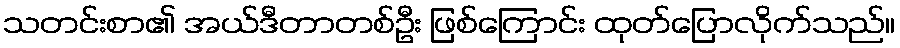
သတင်းစာ၏ အယ်ဒီတာတစ်ဦး ဖြစ်ကြောင်း ထုတ်ပြောလိုက်သည်။